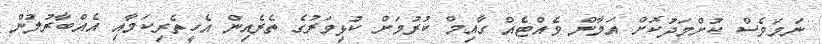
ނަމަވެސް ކުށްމަދުކޮށް އަމާން ވެއްޓެއް ގާއިމް ކުރުމަށް ކުޅިވަރުގެ ތެރެއިން އެހީތެރިކަމާއި އެއްބާރުލުން